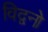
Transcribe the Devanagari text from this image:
विद्वनो